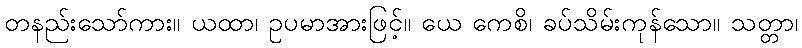
တနည်းသော်ကား။ ယထာ၊ ဥပမာအားဖြင့်။ ယေ ကေစိ၊ ခပ်သိမ်းကုန်သော။ သတ္တာ၊